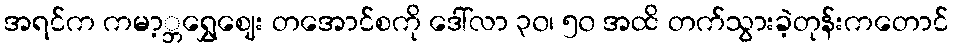
အရင်က ကမာ့္ဘရွှေဈေး တအောင်စကို ဒေါ်လာ ၃၀၊ ၅၀ အထိ တက်သွားခဲ့တုန်းကတောင်